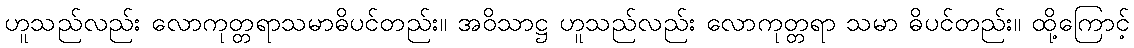
ဟူသည်လည်း လောကုတ္တရာသမာဓိပင်တည်း။ အဝိသာဋ္ဌ ဟူသည်လည်း လောကုတ္တရာ သမာ ဓိပင်တည်း။ ထို့ကြောင့်